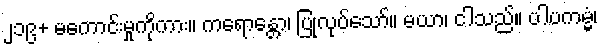
၂၁၉+ မကောင်းမှုကိုကား။ ကရောန္တော၊ ပြုလုပ်သော်။ မယာ၊ ငါသည်။ ပါပကမ္မံ၊